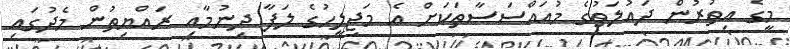
މީގެ އިތުރުން ދައުލަތުގެ މުއައްސަސާތަކަށް އެ މަޖިލީހުގެ ލަފާ ދިނުމާއި ރައްޔިތުން މެދުގައި